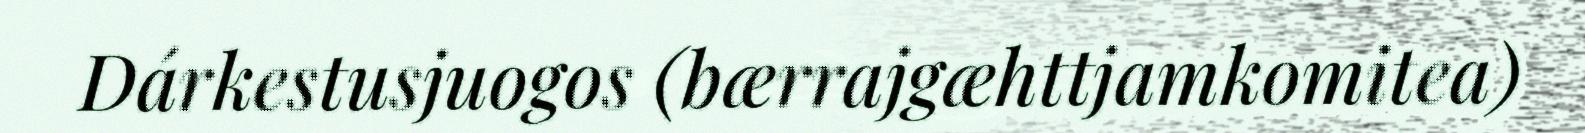
Dárkestusjuogos (bærrajgæhttjamkomitea)